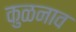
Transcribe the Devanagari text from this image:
कुळनाव